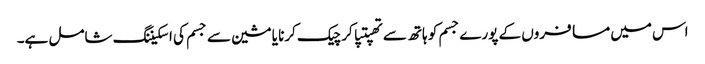
اس میں مسافروں کے پورے جسم کو ہاتھ سے تھپتپا کر چیک کرنا یا مشین سے جسم کی اسکیننگ شامل ہے۔